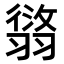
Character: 𦑸